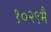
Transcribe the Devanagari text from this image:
१०२९मै